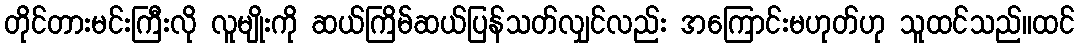
တိုင်တားမင်းကြီးလို လူမျိုးကို ဆယ်ကြိမ်ဆယ်ပြန်သတ်လျှင်လည်း အကြောင်းမဟုတ်ဟု သူထင်သည်။ထင်